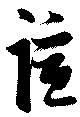
誼